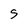
Character: S